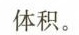
体积。